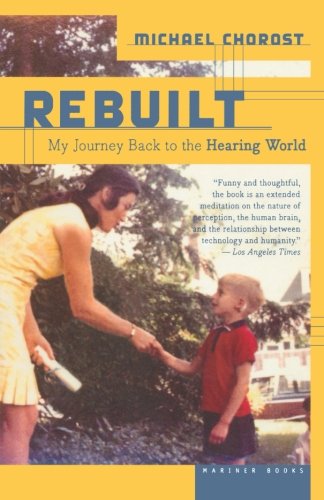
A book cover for Rebuilt: My Journey Back to the Hearing World; Michael Chorost; Computers & Technology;